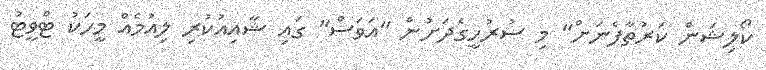
ކޯލިޝަން ކަރުތާފެނަށް" މި ސުރުހީގެދަށުން "އަވަސް" ގައި ޝާއިއުކުރި ލިއުމެއް މީހަކު ޓްވީޓު